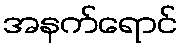
အနက်ရောင်